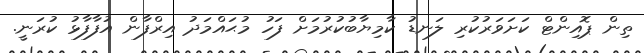
ތިން ޕޮއިންޓް ކަށަވަރުކުރި ލަނޑު ކާމިޔާބުކުރުމަށް ފަހު މުޙައްމަދު އިރްފާން އުފާފާޅު ކުރަނީ.